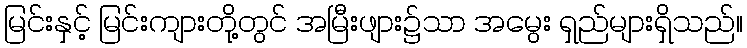
မြင်းနှင့် မြင်းကျားတို့တွင် အမြီးဖျား၌သာ အမွေး ရှည်များရှိသည်။